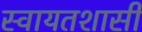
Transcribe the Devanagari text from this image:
स्वायतशासी